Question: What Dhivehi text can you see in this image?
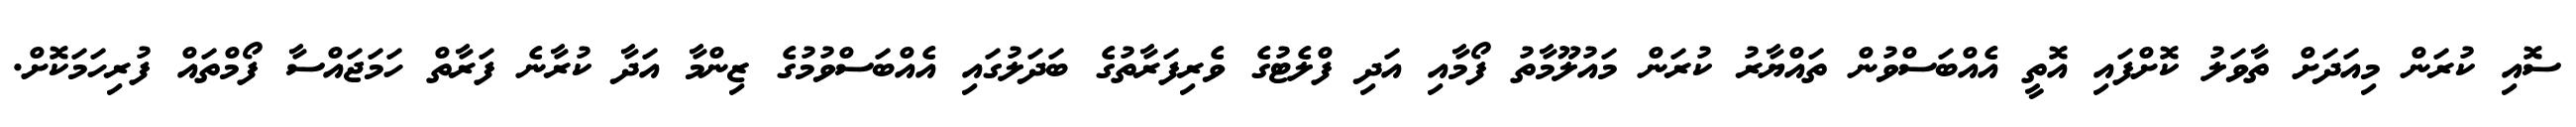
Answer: ސޮއި ކުރަން މިއަދަށް ތާވަލު ކޮށްފައި އޮތީ އެއްބަސްވުން ތައްޔާރު ކުރަން މައުލޫމާތު ފޯމާއި އަދި ފްލެޓުގެ ވެރިފަރާތުގެ ބަދަލުގައި އެއްބަސްވުމުގެ ޒިންމާ އަދާ ކުރާނެ ފަރާތް ހަމަޖައްސާ ފޯމްތައް ފުރިހަމަކޮށް.